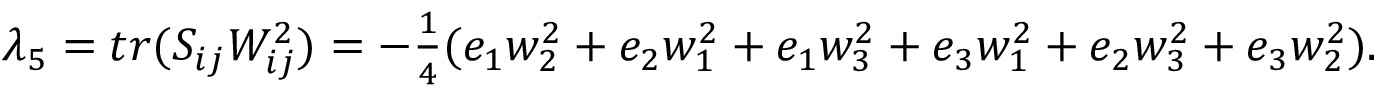
\begin{array} { r } { \lambda _ { 5 } = t r ( S _ { i j } W _ { i j } ^ { 2 } ) = - \frac 1 4 ( e _ { 1 } w _ { 2 } ^ { 2 } + e _ { 2 } w _ { 1 } ^ { 2 } + e _ { 1 } w _ { 3 } ^ { 2 } + e _ { 3 } w _ { 1 } ^ { 2 } + e _ { 2 } w _ { 3 } ^ { 2 } + e _ { 3 } w _ { 2 } ^ { 2 } ) . } \end{array}